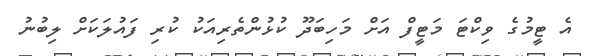
އެ ޓީމުގެ ވިކްޓަ މަޓީފް އަށް މަހިބަދޫ ކުޅުންތެރިއަކު ކުރި ފައުލަކަށް ލިބުނު